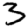
Digit: 3